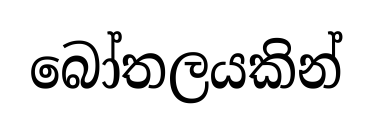
බෝතලයකින්